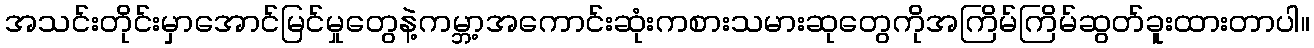
အသင်းတိုင်းမှာအောင်မြင်မှုတွေနဲ့ကမ္ဘာ့အကောင်းဆုံးကစားသမားဆုတွေကိုအကြိမ်ကြိမ်ဆွတ်ခူးထားတာပါ။